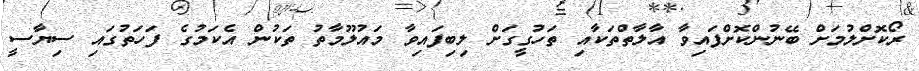
ރޯކޮށްލުމަށް ބޭނުންކޮށްފައިވާ އާލާތްތަކާއި ތަހުގީގަށް ލިބިފައިވާ މައުލޫމާތު ތަކުން އެކަމުގެ ފަހަތުގައި ސިޔާސީ